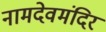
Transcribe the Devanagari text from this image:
नामदेवमंदिर